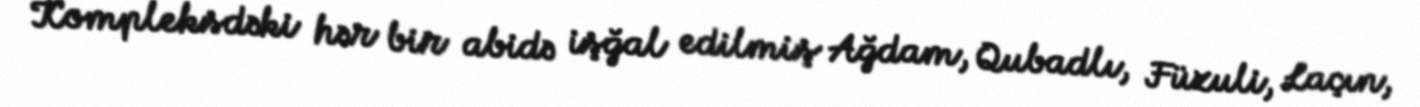
Kompleksdəki hər bir abidə işğal edilmiş Ağdam, Qubadlı, Füzuli, Laçın,